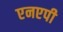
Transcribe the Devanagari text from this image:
एनएपी